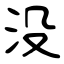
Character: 没